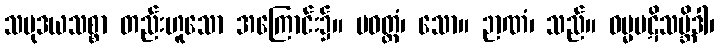
သမုဒယသစ္စာ တည်းဟူသော အကြောင်း၌။ ပဝတ္တံ၊ သော။ ဉာဏံ၊ သည်။ ဓမ္မပဋိသမ္ဘိဒါ၊